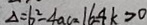
\Delta = b ^ { 2 } - 4 a c = 1 6 = 4 k > 0